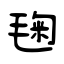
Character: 毱